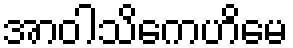
အာဝါသိကေဟိမေ